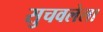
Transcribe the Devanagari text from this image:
सुचवलेला